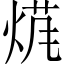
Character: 𱫖